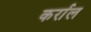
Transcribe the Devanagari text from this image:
कर्राल